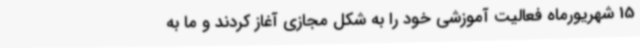
15 شهریورماه فعالیت آموزشی خود را به شکل مجازی آغاز کردند و ما به